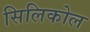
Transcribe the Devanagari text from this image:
सिलिकोल